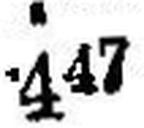
447